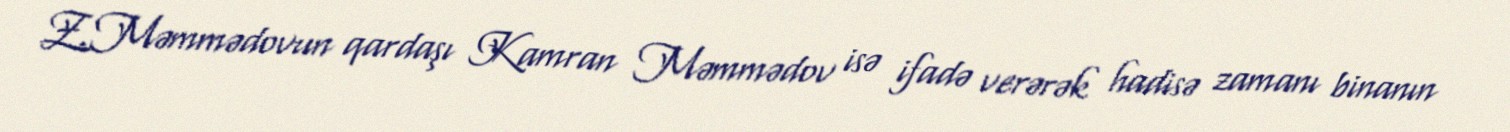
Z.Məmmədovun qardaşı Kamran Məmmədov isə ifadə verərək hadisə zamanı binanın